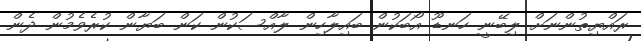
ރައްޔިތުންނަށް ލިބޭނީ ހަނޑޫ އޯބަކުން ބައިލާހިން ލާއްސަކުން ކަން ބަޔާން ކުރެވެމުން ދެން